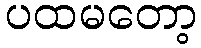
ပထမတော့